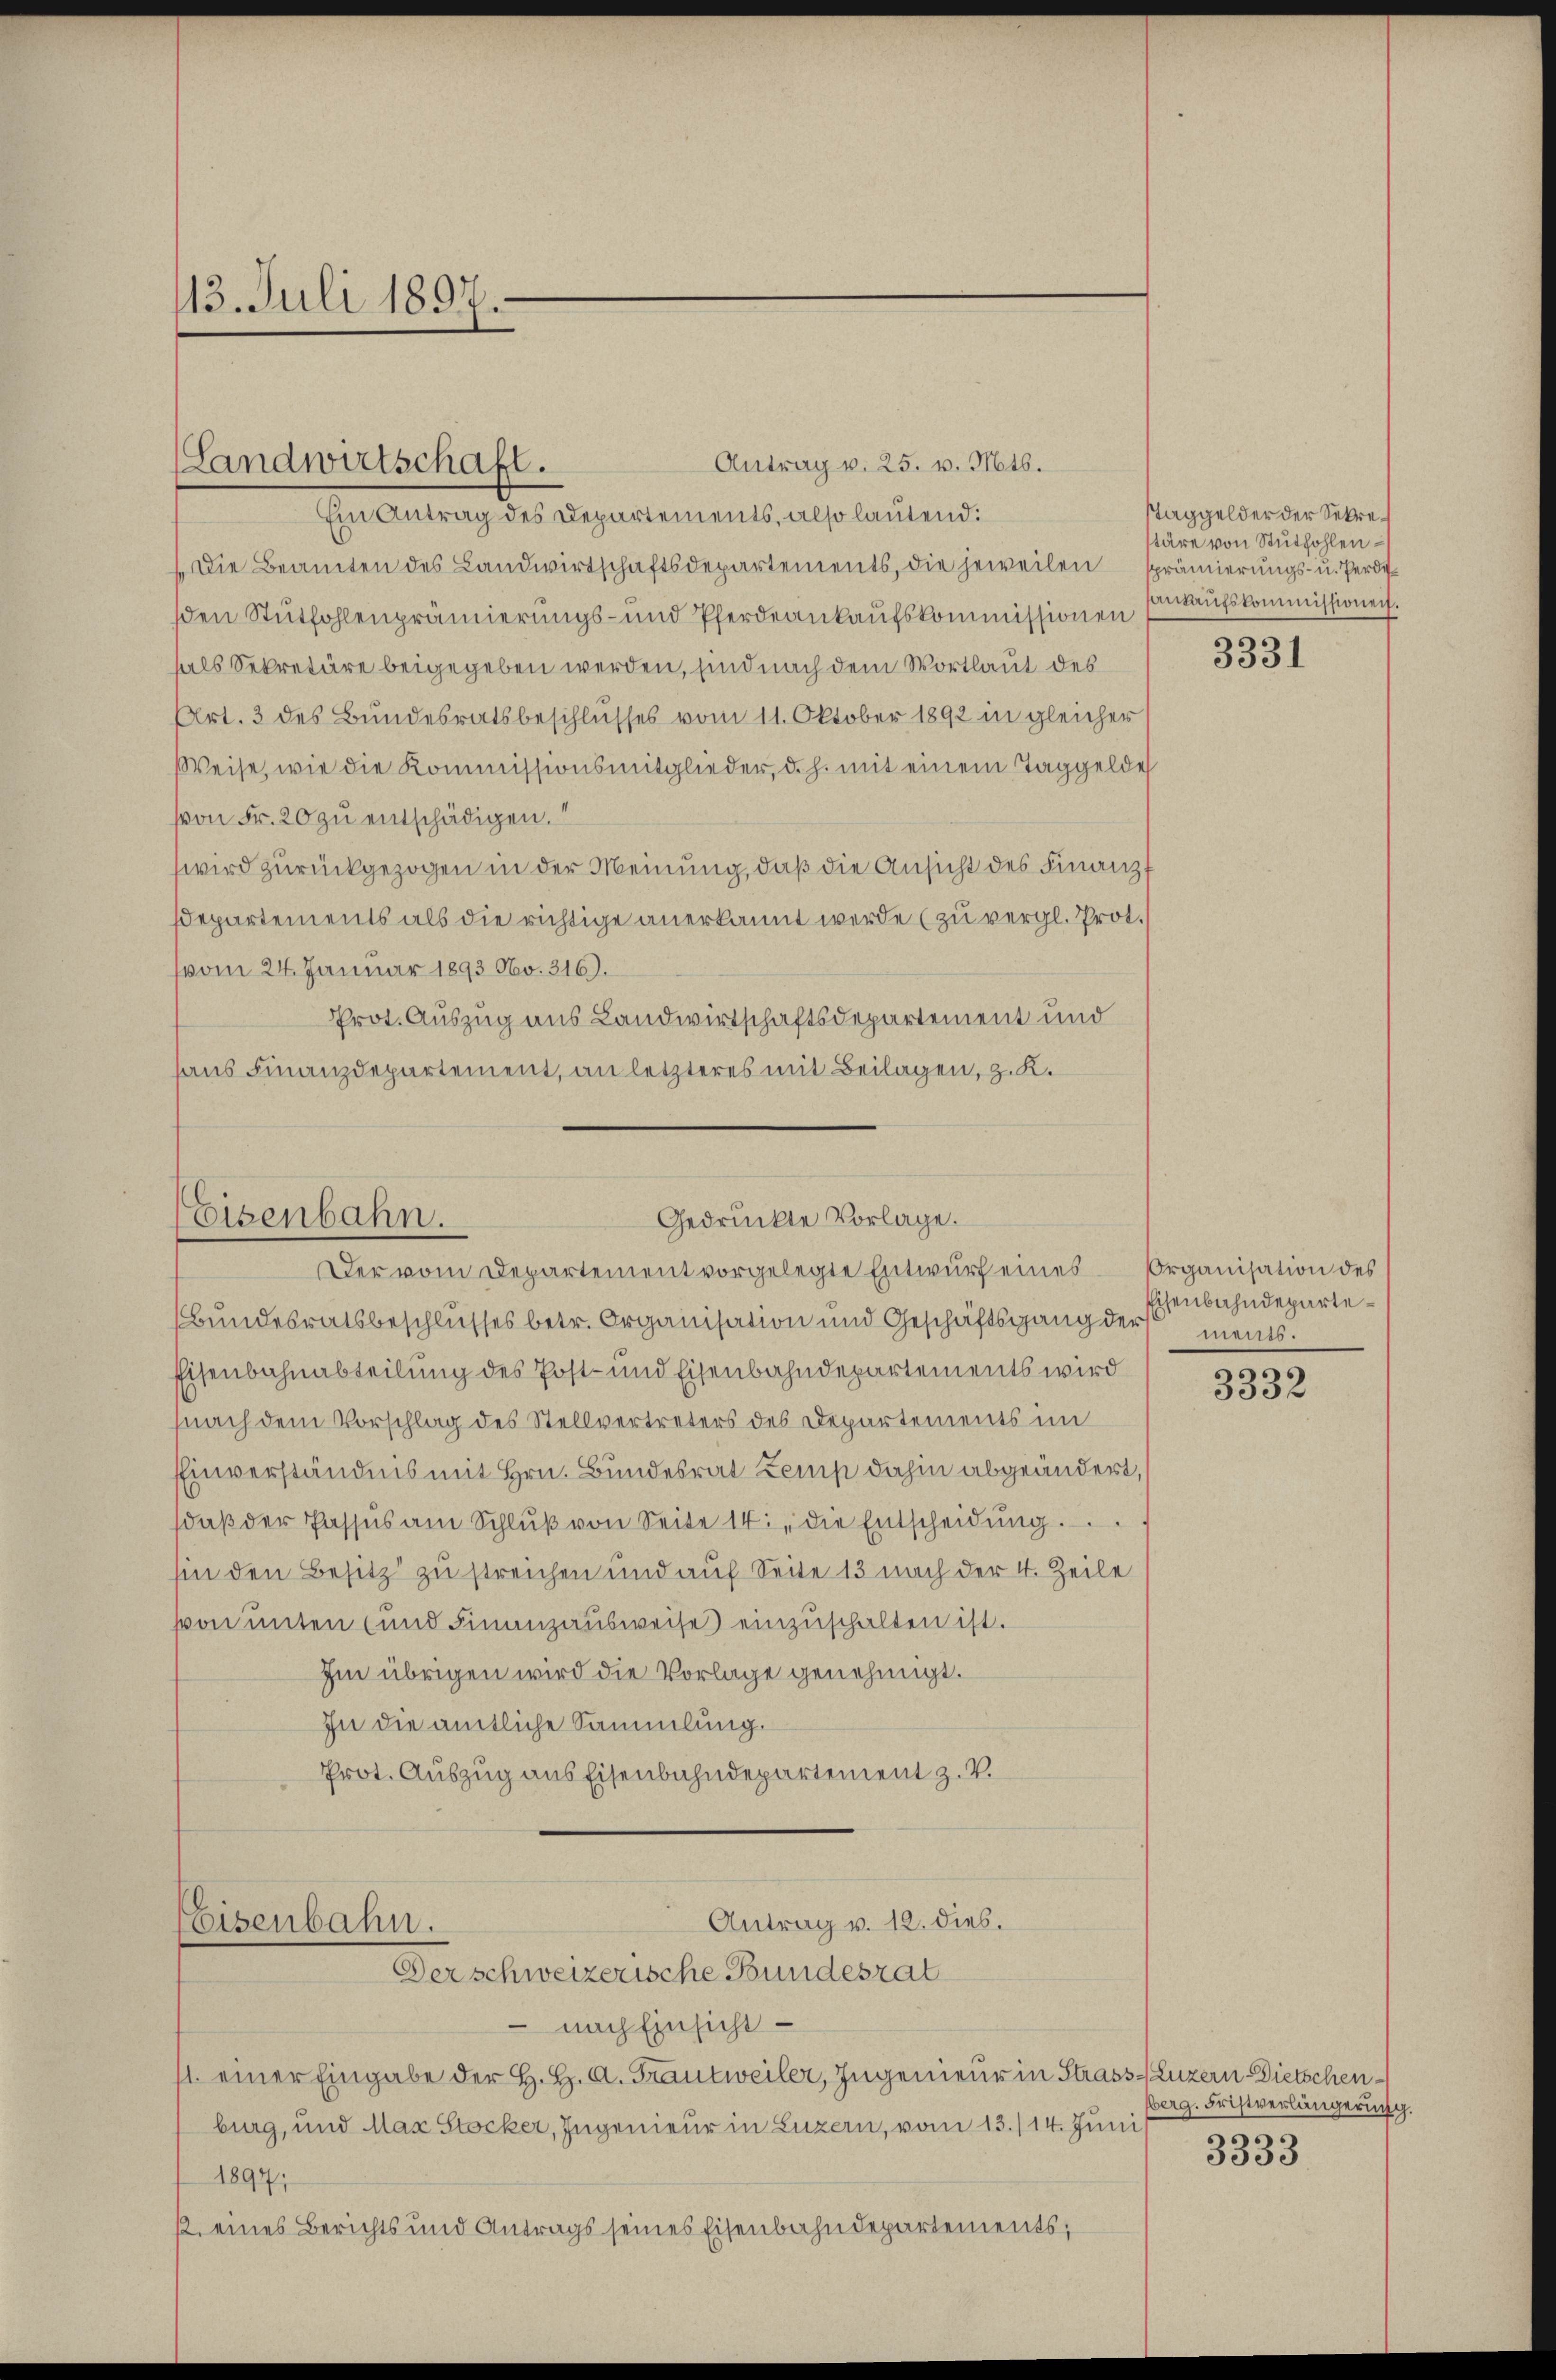
113. Juli 1897
.

Antrag v. 25. v. Mts.
Ein Antrag des Departements, also lautend:
Die Beamten des Landwirtschaftsdepartements, die jeweilen sprämierungs- u. Perde
den Stütfohlenprämierungs- und Pferdeankaŭfskommissionen
hals Sekretäre beigegeben werden, sind nach dem Wortlaut des
Art. 3 des Bundesratsbeschlusses vom 11. Oktober 1892 in gleicher
Weise, wie die Kommissionsmitglieder, d. h. mit einem Taggelde
von Fr. 20 zu entschädigen.
wird zurückgezogen in der Meinung, daß die Ansicht des Finanz-
Departements als die richtige anerkannt werde (zu vergl. Prot.
vom 24. Januar 1893 No. 316).
Prot. Auszug aus Landwirtschaftsdepartement und
aus Finanzdepartement, an letzteres mit Beilagen, z. K.

Landwirtschaft.

Bundesratsbeschlusses betr. Organisation und Geschäftsgang der ments.
Eisenbahnabteilung des Post- und Eisenbahndepartements wird
nach dem Vorschlag des Stellvertreters des Departements im
Einverständnis mit Hrn. Bundesrat Zemp dahin abgeändert,
daβ der Passus am Schlŭβ von Seite 14 die Entscheidŭng.
sin den Besitz zu streichen und auf Seite 13 nach der 4. Zeile
von unten und Finanzausweise einzuschalten ist.
Im übrigen wird die Vorlage genehmigt.
In die amtliche Sammlung.
Prot. Auszug aus Eisenbahndepartement z. V.

Eisenbahn.
Gedruckte Vorlage.
Der vom Departement vorgelegte Entwurf eines

Antrag v. 12. dies.
Eisenbahn.
Der schweizerische Bundesrat

nach Einsicht
/1. einer Eingabe der H. H. A. Frantweiler, Ingenieur in Strass-Luzern-Dietschenburg, und Max Stocker, Ingenieur in Luzern, vom 13./14. Juni
1894
2. eines Berichts und Antrags seines Eisenbahndepartements,

Taggelder der Sekretäre von Stuthohlen –
ankaufskommissionen.

3331

Organisation des
Eisenbahndeparte¬

3332

berg. Fristverlängerung.
3333